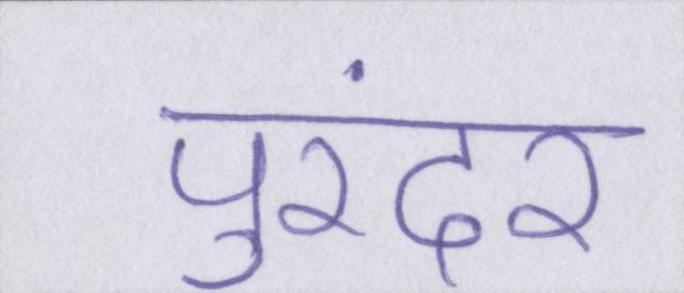
पुरंदर